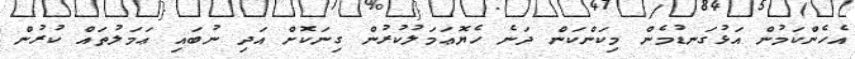
އެހެންކަމުން އަޅުގަނޑުމެން މިކަންކަން ދަނެ ހެޔޮޢަމަލުކުރުން ގިނަކޮށް އަދި ނުބައި ޢަމަލުތައް ކުރުން